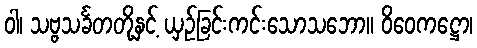
ဝါ၊ သဗ္ဗသင်္ခတတို့နှင့် ယှဉ်ခြင်းကင်းသောသဘော။ ဝိဝေကဋ္ဌော၊